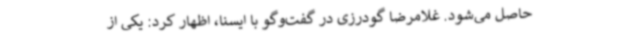
حاصل می‌شود. غلامرضا گودرزی در گفت‌وگو با ایسنا، اظهار کرد: یکی از